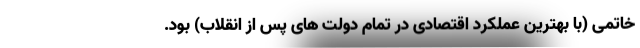
خاتمی (با بهترین عملکرد اقتصادی در تمام دولت های پس از انقلاب) بود.